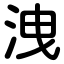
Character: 洩